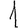
Digit: 1